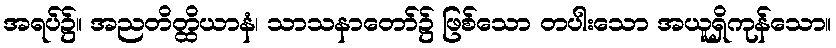
အရပ်၌။ အညတိတ္ထိယာနံ၊ သာသနာတော်၌ ဖြစ်သော တပါးသော အယူရှိကုန်သော။